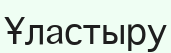
Ұластыру